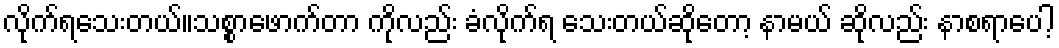
လိုက်ရသေးတယ်။သစ္စာဖောက်တာ ကိုလည်း ခံလိုက်ရ သေးတယ်ဆိုတော့ နာမယ် ဆိုလည်း နာစရာပေါ့